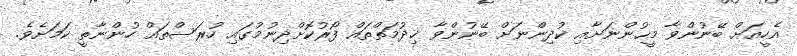
އެހީއަށް ބޭނުންވާ މީޙުންނަށާއި ކުދިންނަށް ބޭނުންވާ ޚިދުމަތްތައް ފޯރުކޮށްދިނުމުގައި ހުރަސްތައް ހުންނާތީ ކަމަށެވެ.